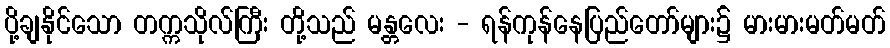
ပို့ချနိုင်သော တက္ကသိုလ်ကြီး တို့သည် မန္တလေး - ရန်ကုန်နေပြည်တော်များ၌ မားမားမတ်မတ်